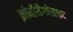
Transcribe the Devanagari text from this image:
क्रोमोमैग्‍नेसाइट